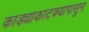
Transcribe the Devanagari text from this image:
काड्याकाटक्यापासुन